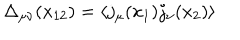
LaTeX: \Delta _ { \mu \nu } ( x _ { 1 2 } ) = \langle j _ { \mu } ( x _ { 1 } ) j _ { \nu } ( x _ { 2 } ) \rangle